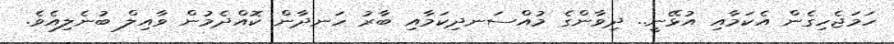
ހަމަޖެހިގެން އެކަމާއި އުޅޭނީ.. ދިވާންގެ މުއްސަނދިކަމާއި ބާރު ހަނދާން ކޮއްދެމުން ވާއިލް ބުނެލިއެވެ.